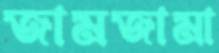
জামজামা